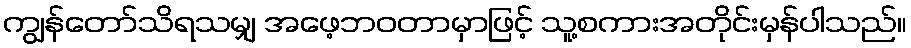
ကျွန်တော်သိရသမျှ အဖေ့ဘဝတာမှာဖြင့် သူ့စကားအတိုင်းမှန်ပါသည်။